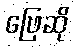
ဖြေဆို